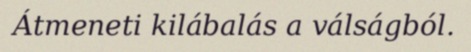
Átmeneti kilábalás a válságból.